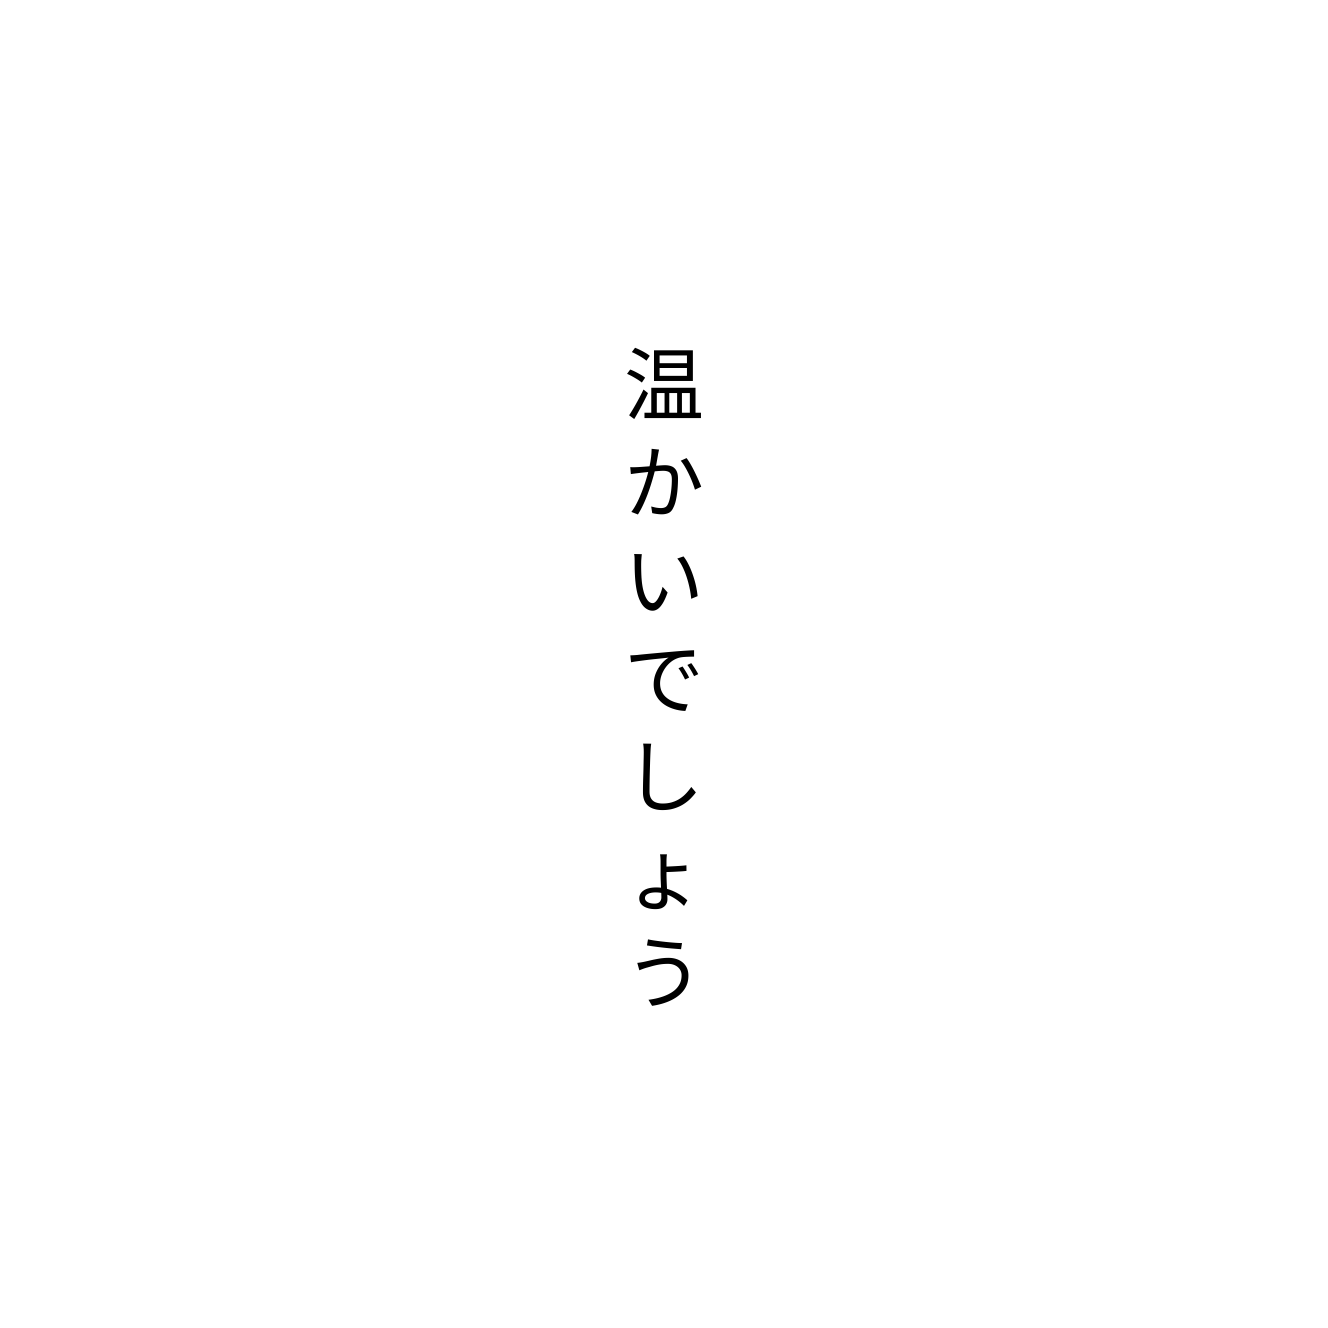
温かいでしょう